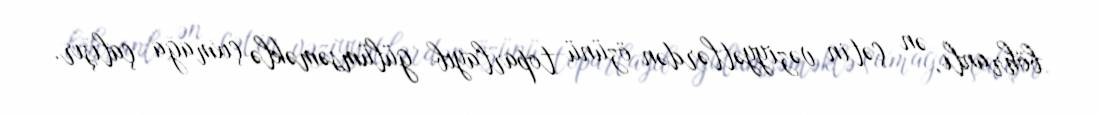
böhranlı, ən çətin vəziyyətlərdən özünü toparlayıb gülümsəməklə çıxmağa çalışır.